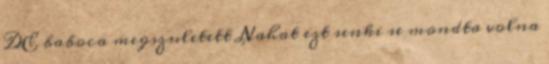
DE baboca megszuletett Nahat ezt senki se mondta volna